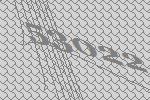
53022